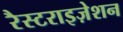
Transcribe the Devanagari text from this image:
रैस्टराइज़ेशन